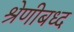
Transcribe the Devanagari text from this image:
श्रेणीबध्द